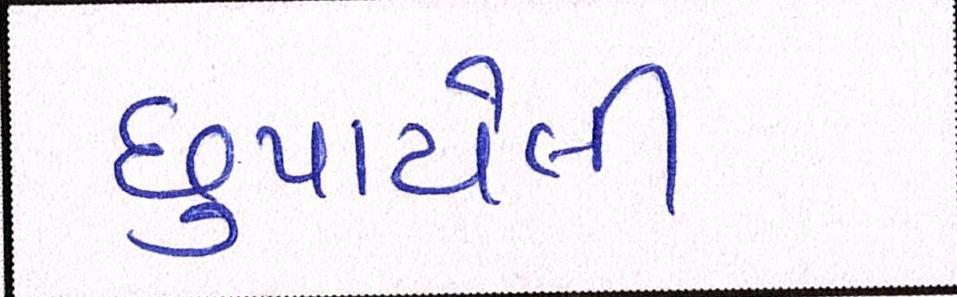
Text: છુપાયેલી